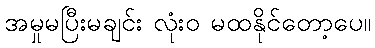
အမှုမပြီးမချင်း လုံးဝ မထနိုင်တော့ပေ။